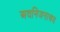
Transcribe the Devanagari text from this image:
अवनिजनाश्रय